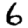
Digit: 6